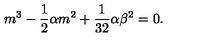
m ^ { 3 } - \frac { 1 } { 2 } \alpha m ^ { 2 } + \frac { 1 } { 3 2 } \alpha \beta ^ { 2 } = 0 .